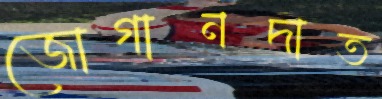
জোগানদাত